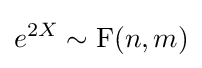
e^{2X}\sim \operatorname {F} (n,m)